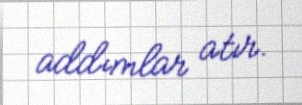
addımlar atır.